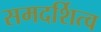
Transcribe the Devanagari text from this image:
समदर्शित्व